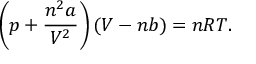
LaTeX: \left( p + { \frac { n ^ { 2 } a } { V ^ { 2 } } } \right) ( V - n b ) = n R T .